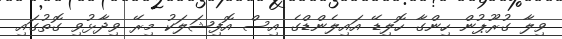
ވިލާ ގުރޫޕުން ހިންގާ ހޮލިޑޭ އައިލެންޑްގެ އިސް އޮފިޝަލަކު މިރޭ ވިދާޅުވި ގޮތުގައި